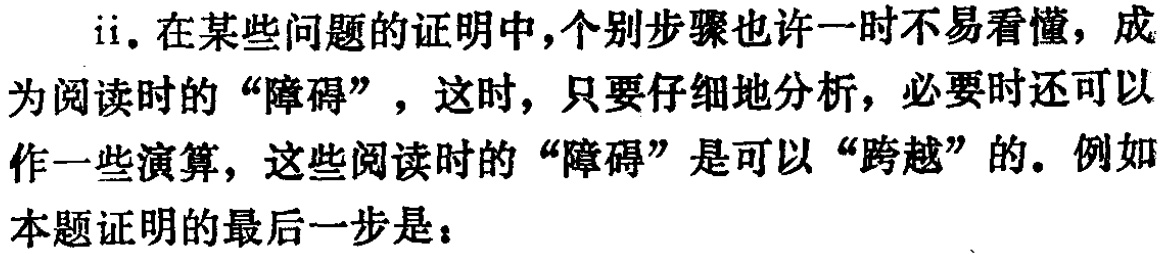
ii. 在某些问题的证明中,个别步骤也许一时不易看懂，成为阅读时的“障碍”，这时，只要仔细地分析，必要时还可以作一些演算，这些阅读时的“障碍”是可以“跨越”的。例如本题证明的最后一步是：